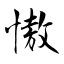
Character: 慠